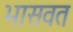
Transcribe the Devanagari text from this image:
भासवत